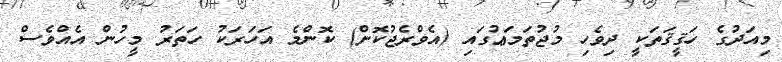
މިއަދުގެ ހަޤީޤަތަކީ ދިވެހި މުޖުތަމަޢުގައި (އެވްރެޖުކޮށް) ކޮންމެ އަހަރަކު ހަތަރު މީހުން އެއްވެސް